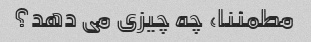
مطمئنا، چه چیزی می دهد؟